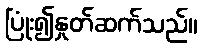
ပြုံး၍နှုတ်ဆက်သည်။